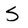
Character: S